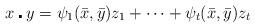
LaTeX: \begin{align*} x \centerdot y =\psi_1(\Bar{x},\Bar{y})z_1+ \dots+ \psi_t(\Bar{x},\Bar{y})z_t \end{align*}